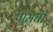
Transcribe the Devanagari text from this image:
पामची